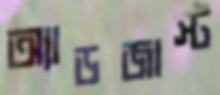
অ্যাডজাস্ট